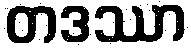
တဒဿာ